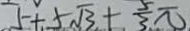
5 + 5 \sqrt { 3 } + \frac { 5 } { 3 } \pi